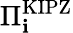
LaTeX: \Pi_{\mathbf{i}}^{\mathrm{{KIPZ}}}